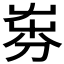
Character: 𡴚